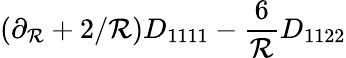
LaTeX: (\partial_{\mathcal{R}}+2/\mathcal{R})D_{1111}-\frac{{6}}{{\mathcal{R}}}D_{1122}